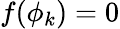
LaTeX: f(\phi_{k})=0